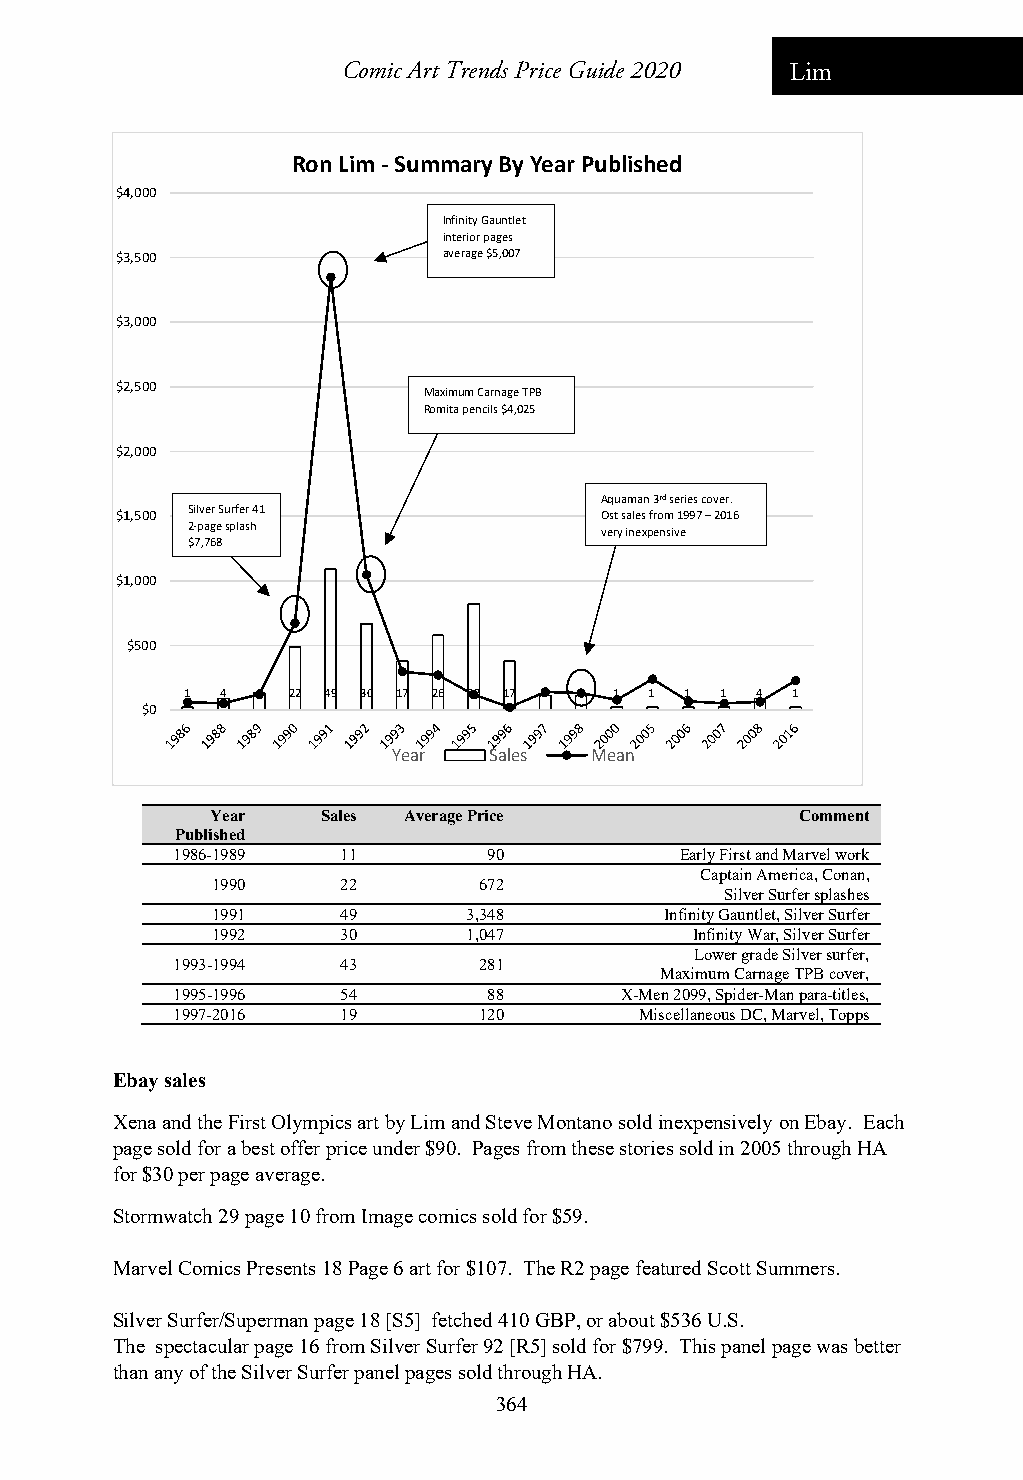
Comic Art Trends Price Guide 2020 Lim
 Ron Lim ‐Summary By Year Published
 $4,000
 Infinity Gauntlet
 interior pages
 $3,500               average $5,007
 $3,000
 $2,500
 Maximum Carnage TPB
 Romita pencils $4,025
 $2,000
 Aquaman 3rd series cover.
 $1,500 Silver Surfer 41         Ost sales from 1997 – 2016
 2‐page splash               very inexpensive
 $7,768
 $1,000
 $500
 1  4 6 22 49 30 17 26 37 17 5 5 1 1 1 1 4 1
 $0
 Year  Sales  Mean
 Year   Sales Average Price             Comment
 Published
 1986-1989   11       90           Early First and Marvel work
 Captain America, Conan,
 1990     22       672
 Silver Surfer splashes
 1991     49      3,348        Infinity Gauntlet, Silver Surfer
 1992     30      1,047          Infinity War, Silver Surfer
 Lower grade Silver surfer,
 1993-1994   43       281
 Maximum Carnage TPB cover,
 1995-1996   54       88       X-Men 2099, Spider-Man para-titles,
 1997-2016   19       120       Miscellaneous DC, Marvel, Topps
 Ebay sales
 Xena and the First Olympics art by Lim and Steve Montano sold inexpensively on Ebay. Each
 page sold for a best offer price under $90. Pages from these stories sold in 2005 through HA
 for $30 per page average.
 Stormwatch 29 page 10 from Image comics sold for $59.
 Marvel Comics Presents 18 Page 6 art for $107. The R2 page featured Scott Summers.
 Silver Surfer/Superman page 18 [S5] fetched 410 GBP, or about $536 U.S.
 The spectacular page 16 from Silver Surfer 92 [R5] sold for $799. This panel page was better
 than any of the Silver Surfer panel pages sold through HA.
 364